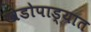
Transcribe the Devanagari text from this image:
खेडोपाड्यात